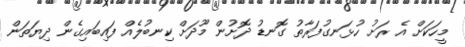
މީހަކަށް އެ ރަށު ހުޅަނގުފަރާތު ގޮނޑު ދޮށުން މޫދަށް ކިނބުލެއް ފައިބައިގެން ދިޔަތަން